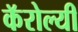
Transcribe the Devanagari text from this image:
कॅरोल्यी